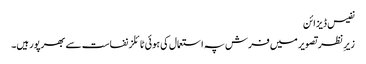
نفیس ڈیزائن
زیرِ نظر تصویر میں فرش پہ استعمال کی ہوئی ٹائلز نفاست سے بھرپور ہیں۔